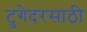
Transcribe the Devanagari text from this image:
टुगेदरसाठी